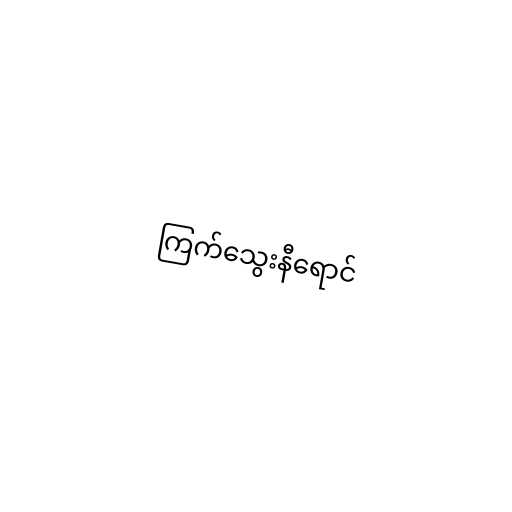
ကြက်သွေးနီရောင်